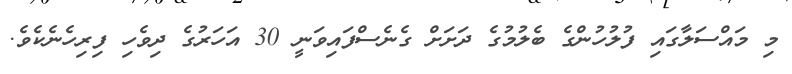
މި މައްސަލާގައި ފުލުހުންގެ ބެލުމުގެ ދަށަށް ގެނެސްފައިވަނީ 30 އަހަރުގެ ދިވެހި ފިރިހެނެކެވެ.